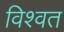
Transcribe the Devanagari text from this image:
विश्‍वत